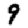
Digit: 9